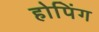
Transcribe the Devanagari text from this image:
होपिंग